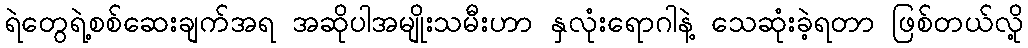
ရဲတွေရဲ့စစ်ဆေးချက်အရ အဆိုပါအမျိုးသမီးဟာ နှလုံးရောဂါနဲ့ သေဆုံးခဲ့ရတာ ဖြစ်တယ်လို့